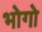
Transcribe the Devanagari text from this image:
भोगो